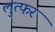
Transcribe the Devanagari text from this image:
लुत्फर